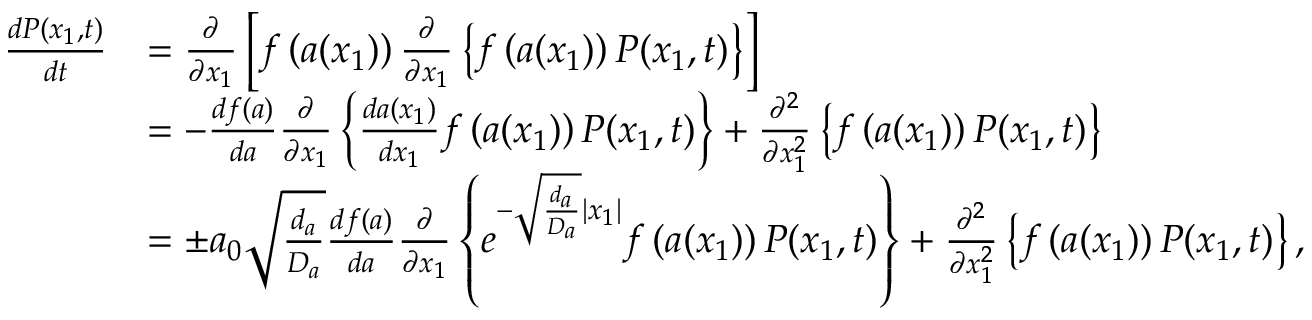
\begin{array} { r l } { \frac { d P ( x _ { 1 } , t ) } { d t } } & { = \frac { \partial } { \partial x _ { 1 } } \left[ f \left( a ( x _ { 1 } ) \right) \frac { \partial } { \partial x _ { 1 } } \left\{ f \left( a ( x _ { 1 } ) \right) P ( x _ { 1 } , t ) \right\} \right] } \\ & { = - \frac { d f ( a ) } { d a } \frac { \partial } { \partial x _ { 1 } } \left\{ \frac { d a ( x _ { 1 } ) } { d x _ { 1 } } f \left( a ( x _ { 1 } ) \right) P ( x _ { 1 } , t ) \right\} + \frac { \partial ^ { 2 } } { \partial x _ { 1 } ^ { 2 } } \left\{ f \left( a ( x _ { 1 } ) \right) P ( x _ { 1 } , t ) \right\} } \\ & { = \pm a _ { 0 } \sqrt { \frac { d _ { a } } { D _ { a } } } \frac { d f ( a ) } { d a } \frac { \partial } { \partial x _ { 1 } } \left\{ e ^ { - \sqrt { \frac { d _ { a } } { D _ { a } } } \left| x _ { 1 } \right| } f \left( a ( x _ { 1 } ) \right) P ( x _ { 1 } , t ) \right\} + \frac { \partial ^ { 2 } } { \partial x _ { 1 } ^ { 2 } } \left\{ f \left( a ( x _ { 1 } ) \right) P ( x _ { 1 } , t ) \right\} , } \end{array}